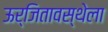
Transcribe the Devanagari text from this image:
ऊर्जितावस्थेला